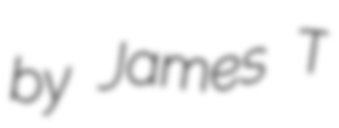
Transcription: by James T